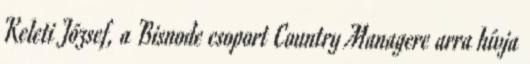
Keleti József, a Bisnode csoport Country Managere arra hívja